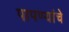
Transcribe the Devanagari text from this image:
पापण्यांचे